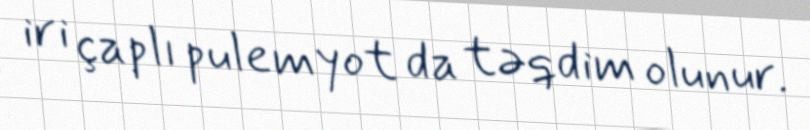
iri çaplı pulemyot da təqdim olunur.